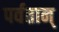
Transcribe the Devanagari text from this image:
पर्वतान्